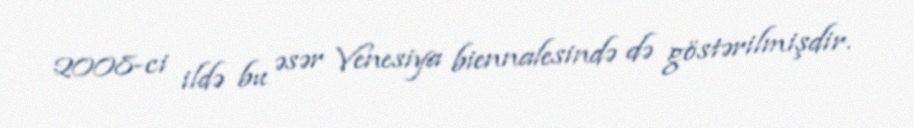
2008-ci ildə bu əsər Venesiya biennalesində də göstərilmişdir.